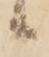
候